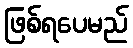
ဖြစ်ရပေမည်